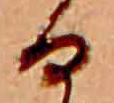
る